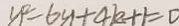
y ^ { 2 } = 6 y + 4 k + 1 = 0